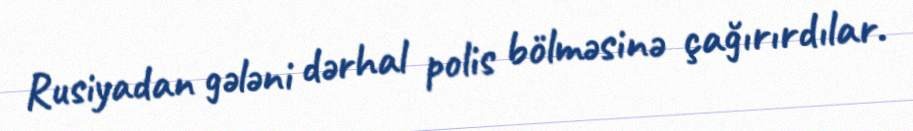
Rusiyadan gələni dərhal polis bölməsinə çağırırdılar.